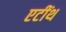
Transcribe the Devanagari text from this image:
एटींथ